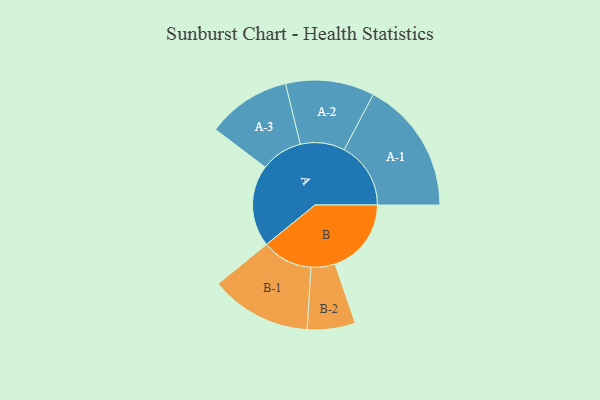
{"axis": {"x": "Segment", "y": "Value"}, "legend": ["", "A", "B"], "data": [{"x": "A", "y": 357, "type": ""}, {"x": "B", "y": 333, "type": ""}, {"x": "A-1", "y": 291, "type": "A"}, {"x": "A-2", "y": 194, "type": "A"}, {"x": "A-3", "y": 183, "type": "A"}, {"x": "B-1", "y": 221, "type": "B"}, {"x": "B-2", "y": 105, "type": "B"}]}